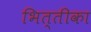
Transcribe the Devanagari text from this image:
भित्तीका